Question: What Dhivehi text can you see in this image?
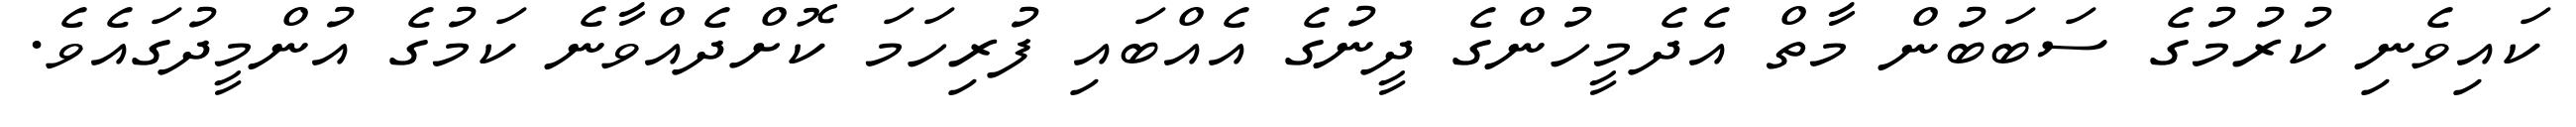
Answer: ކައިވެނި ކުރުމުގެ ސަބަބުން މާތް އެދެމީހުންގެ ދީނުގެ އެއްބައި ފުރިހަމަ ކޮށްދެއްވާނެ ކަމުގެ އުންމީދުގައެވެ.